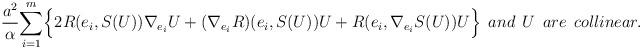
LaTeX: \begin{align*} \frac{a^{2}}{\alpha}\underset{i=1}{\overset{m}{\sum}}\Big\{2R(e_{i},S(U))\nabla_{e_{i}}U+(\nabla_{e_{i}}R)(e_{i},S(U))U+R(e_{i},\nabla_{e_{i}}S(U))U\Big\} \:\: and \:\: U \:\: are \:\: collinear. \end{align*}